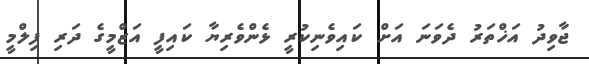
ޖާވިދު އަޚްތަރު ދެވަނަ އަށް ކައިވެނިކުރީ ޅެންވެރިޔާ ކައިފީ އަޒްމީގެ ދަރި ފިލްމީ